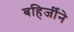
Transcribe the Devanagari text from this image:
बहिर्जीने